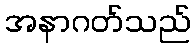
အနာဂတ်သည်